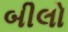
બીલો